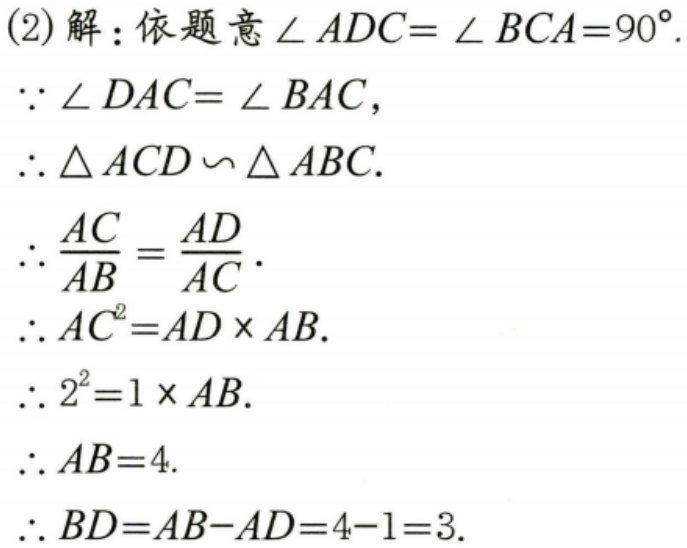
(2)解：依题意$\angle ADC = \angle BCA = 90^{\circ}$.
$\because\angle DAC=\angle BAC$,
$\therefore\triangle ACD\backsim\triangle ABC$.
$\therefore\frac{AC}{AB}=\frac{AD}{AC}$.
$\therefore AC^{2}=AD\times AB$.
$\therefore2^{2}=1\times AB$.
$\therefore AB = 4$.
$\therefore BD=AB - AD=4 - 1 = 3$.